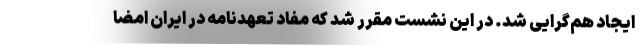
ایجاد هم‌گرایی شد. در این نشست مقرر شد که مفاد تعهدنامه در ایران امضا